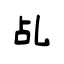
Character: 乩